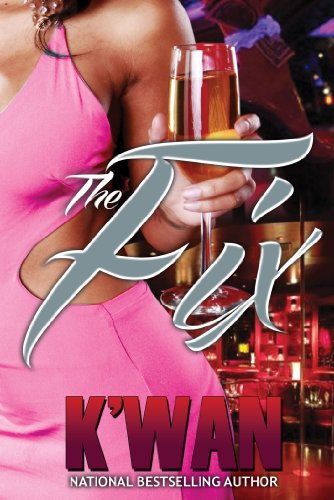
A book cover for The Fix (Urban Books); K'wan; Literature & Fiction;